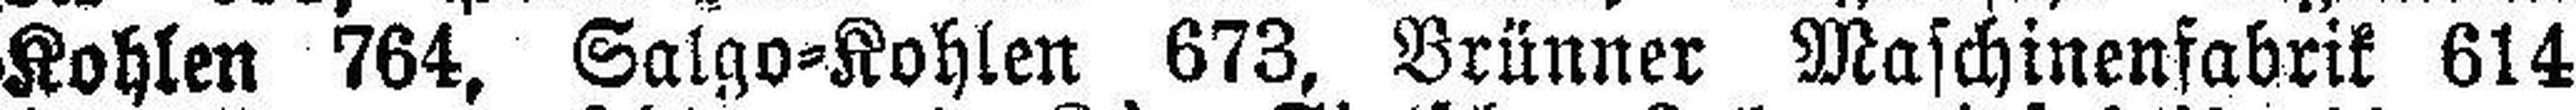
Kohlen 764, Salgo=Kohlen 673, Brünner Maschinenfabrik 614